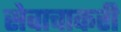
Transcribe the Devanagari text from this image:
सेवाचाकरी